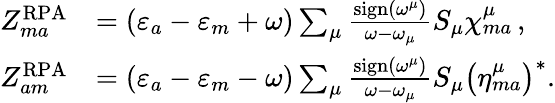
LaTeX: \begin{array}{rl}{Z_{ma}^{\mathrm{RPA}}}&{=\left(\varepsilon_{a}-\varepsilon_{m}+\omega\right)\sum_{\mu}\frac{\mathrm{sign}\left(\omega^{\mu}\right)}{\omega-\omega_{\mu}}S_{\mu}\chi_{ma}^{\mu}\, ,}\\ {Z_{am}^{\mathrm{RPA}}}&{=\left(\varepsilon_{a}-\varepsilon_{m}-\omega\right)\sum_{\mu}\frac{\mathrm{sign}\left(\omega^{\mu}\right)}{\omega-\omega_{\mu}}S_{\mu}\left(\eta_{ma}^{\mu}\right)^{*}.}\end{array}